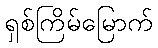
ရှစ်ကြိမ်မြောက်